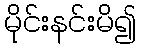
မိုင်းနင်းမိ၍